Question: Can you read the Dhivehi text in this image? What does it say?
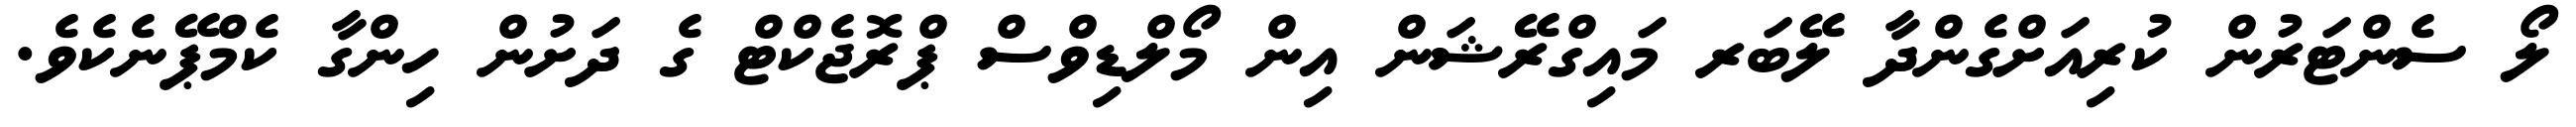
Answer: ލޯ ސެންޓަރުން ކުރިއަށްގެންދާ ލޭބަރ މައިގްރޭޝަން އިން މޯލްޑިވްސް ޕްރޮޖެކްޓް ގެ ދަށުން ހިންގާ ކެމްޕޭނެކެވެ.